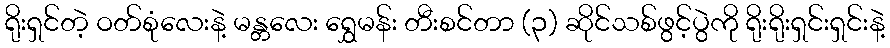
ရိုးရှင်တဲ့ ဝတ်စုံလေးနဲ့ မန္တလေး ရွှေမန်း တီးစင်တာ (၃) ဆိုင်သစ်ဖွင့်ပွဲကို ရိုးရိုးရှင်းရှင်းနဲ့